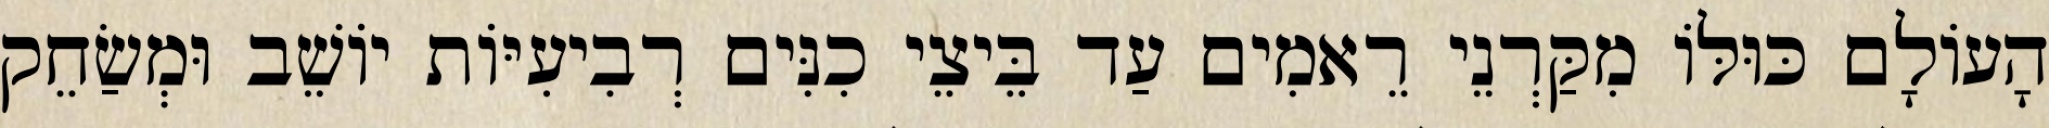
הָעוֹלָם כּוּלּוֹ מִקַּרְנֵי רֵאמִים עַד בֵּיצֵי כִנִּים רְבִיעִיּוֹת יוֹשֵׁב וּמְשַׂחֵק